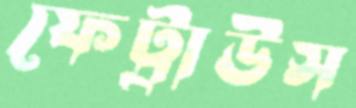
ফেট্রাউস